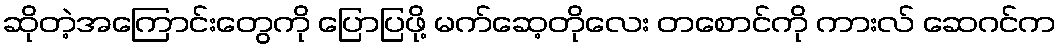
ဆိုတဲ့အကြောင်းတွေကို ပြောပြဖို့ မက်ဆေ့တိုလေး တစောင်ကို ကားလ် ဆေဂင်က